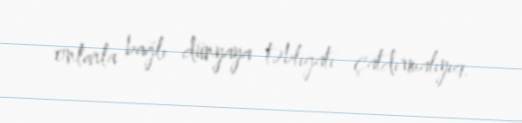
onlarla bağlı dünyaya təbliğatı çatdırmalıyıq.